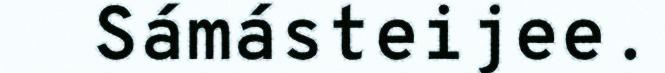
Sámásteijee.